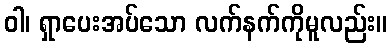
ဝါ၊ ရှာပေးအပ်သော လက်နက်ကိုမူလည်း။